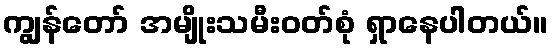
ကျွန်တော် အမျိုးသမီးဝတ်စုံ ရှာနေပါတယ်။